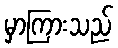
မှာကြားသည်